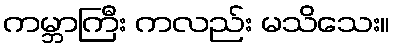
ကမ္ဘာကြီး ကလည်း မသိသေး။